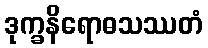
ဒုက္ခနိရောဓသဿတံ